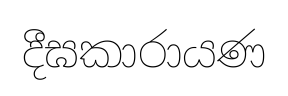
දීඝකාරායණ